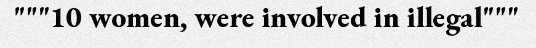
"""10 women, were involved in illegal"""